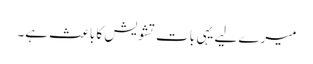
میرے لیے یہی بات تشویش کا باعث ہے۔